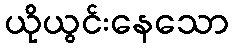
ယိုယွင်းနေသော